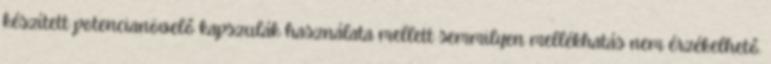
készített potencianövelő kapszulák használata mellett semmilyen mellékhatás nem érzékelhető.